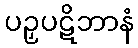
ပဉှပဋိဘာနံ